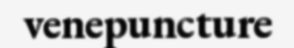
venepuncture